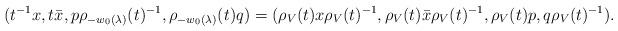
LaTeX: \begin{align*}(t^{-1}x,t\bar{x},p\rho_{-w_{0}(\lambda)}(t)^{-1},\rho_{-w_{0}(\lambda)}(t)q ) =(\rho_{V}(t)x\rho_{V}(t)^{-1},\rho_{V}(t)\bar{x}\rho_{V}(t)^{-1},\rho_{V}(t)p,q\rho_{V}(t)^{-1}).\end{align*}